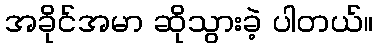
အခိုင်အမာ ဆိုသွားခဲ့ ပါတယ်။